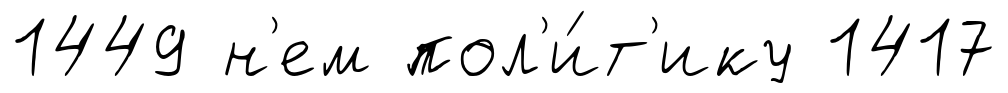
1449 н'ем пол'и́т'ику 1417